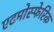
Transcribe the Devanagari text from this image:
एटमोस्फेरिक